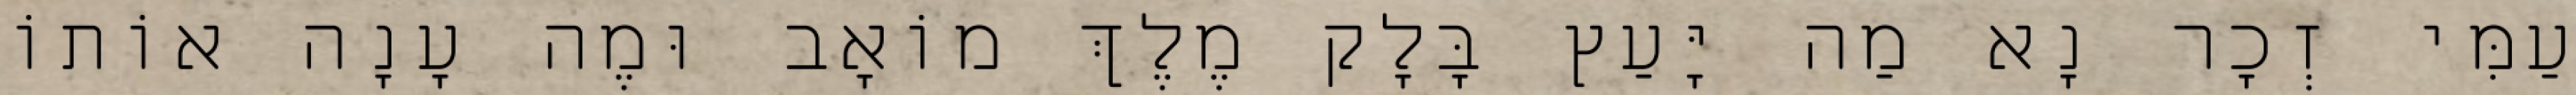
עַמִּי זְכׇר נָא מַה יָּעַץ בָּלָק מֶלֶךְ מוֹאָב וּמֶה עָנָה אוֹתוֹ